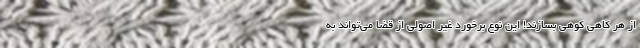
از هر کاهی کوهی بسازند! این نوع برخورد غیر اصولی از قضا می‌تواند به